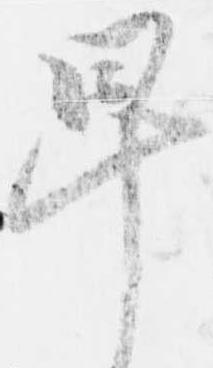
卑